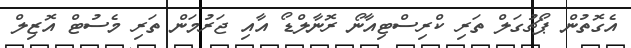
އެގޮތުން ޕޯޗުގަލް ތަރި ކްރިސްޓިއާނޯ ރޮނާލްޑޯ އާއި ޖަރުމަން ތަރި މެސުޓް އޮޒިލް